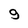
Character: 9